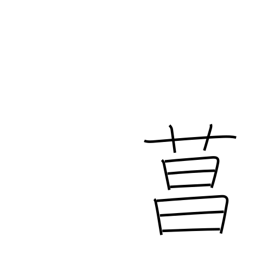
Meaning: iris